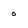
Character: o